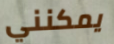
يمكنني